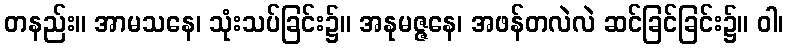
တနည်း။ အာမသနေ၊ သုံးသပ်ခြင်း၌။ အနုမဇ္ဇနေ၊ အဖန်တလဲလဲ ဆင်ခြင်ခြင်း၌။ ဝါ၊